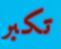
تكبر